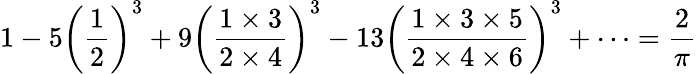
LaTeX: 1-5\left({\frac{1}{2}}\right)^{3}+9\left({\frac{1\times 3}{2\times 4}}\right)^{3}-13\left({\frac{1\times 3\times 5}{2\times 4\times 6}}\right)^{3}+\cdots={\frac{2}{\pi}}